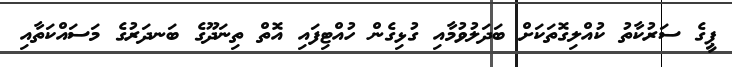
ޕީގެ ސަރުކާތު ކުއްލިގޮތަކަށް ބަދަލުވުމާއި ގުޅިގެން ހުއްޓިފައި އޮތް ތިނަދޫގެ ބަނދަރުގެ މަސައްކަތާއި